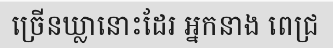
ច្រើនឃ្លានោះដែរ អ្នកនាង ពេជ្រ